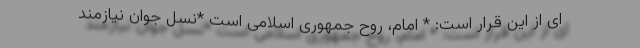
ای از این قرار است: * امام، روح جمهوری اسلامی‌ است *نسل جوان نیازمند